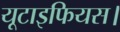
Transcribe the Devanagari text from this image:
यूटाइफियस।